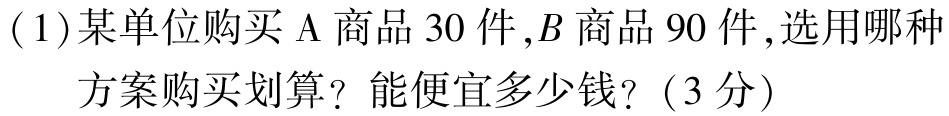
(1)某单位购买$\mathrm{A}$商品$30$件,$B$商品$90$件,选用哪种方案购买划算？能便宜多少钱？(3分)